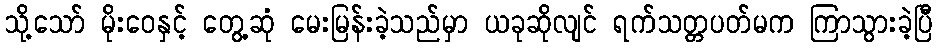
သို့သော် မိုးဝေနှင့် တွေ့ဆုံ မေးမြန်းခဲ့သည်မှာ ယခုဆိုလျင် ရက်သတ္တပတ်မက ကြာသွားခဲ့ပြီ